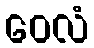
ဝေလံ